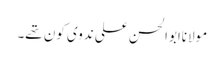
مولاناابوالحسن علی ندوی کون تھے۔